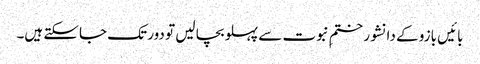
بائیں بازو کے دانشور ختمِ نبوت سے پہلو بچا لیں تو دور تک جاسکتے ہیں۔